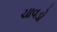
ચાવડો